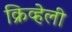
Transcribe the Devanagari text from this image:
क्रिव्हेली